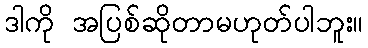
ဒါကို အပြစ်ဆိုတာမဟုတ်ပါဘူး။